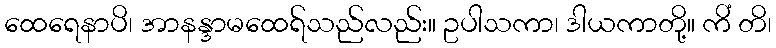
ထေရေနာပိ၊ အာနန္ဒာမထေရ်သည်လည်း။ ဥပါသကာ၊ ဒါယကာတို့။ ကိံ တိ၊